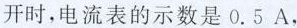
R1开时，电流表的示数是0.5A，